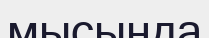
мысында